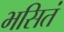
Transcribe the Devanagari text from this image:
भसितं